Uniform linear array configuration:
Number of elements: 32
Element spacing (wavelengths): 0.25
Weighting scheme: cosine
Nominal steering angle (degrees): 15
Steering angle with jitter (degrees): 15.993
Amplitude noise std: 0.05
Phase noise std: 0.05

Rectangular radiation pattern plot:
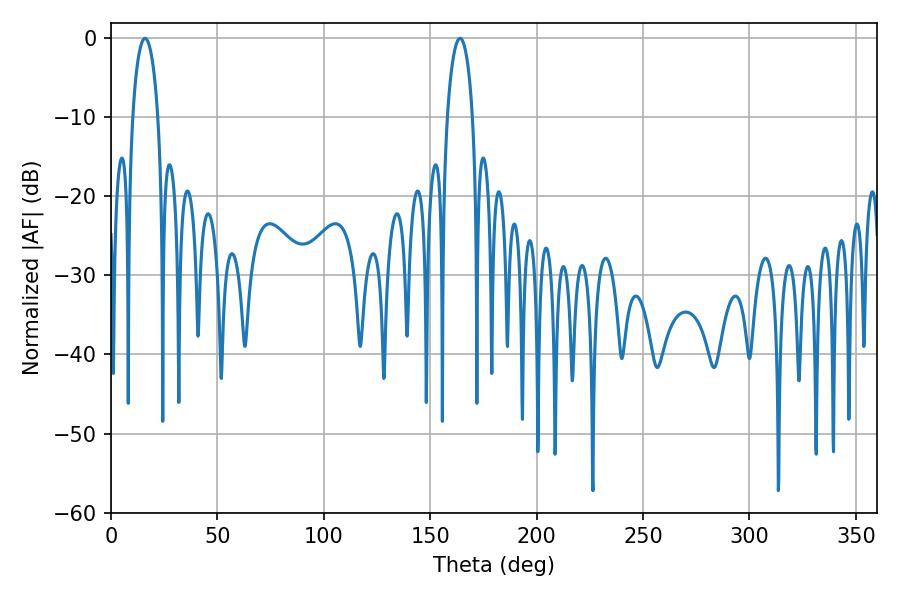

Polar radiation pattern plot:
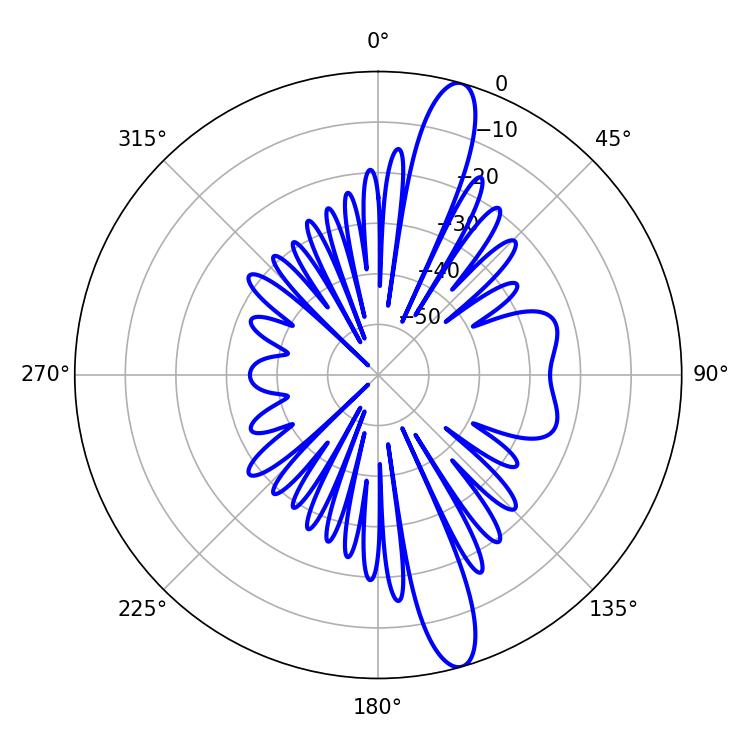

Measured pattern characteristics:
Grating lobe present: FALSE
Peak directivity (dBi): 14.292
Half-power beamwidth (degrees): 6.84
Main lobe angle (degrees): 16.02